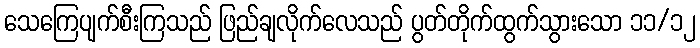
သေကြေပျက်စီးကြသည် ဖြည်ချလိုက်လေသည် ပွတ်တိုက်ထွက်သွားသော ၁၁/၁၂